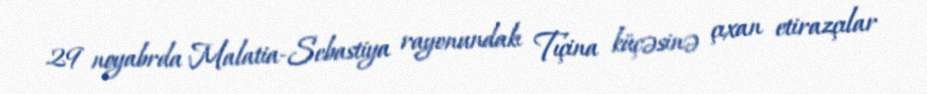
29 noyabrda Malatia-Sebastiya rayonundakı Tıçina küçəsinə çıxan etirazçılar